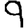
Digit: 9